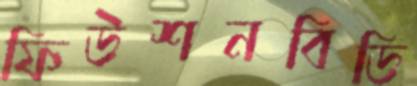
ফিউশনবিডি